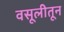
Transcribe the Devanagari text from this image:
वसूलीतून